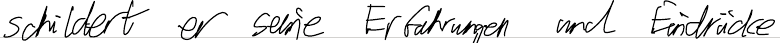
schildert er seine Erfahrungen und Eindrücke